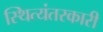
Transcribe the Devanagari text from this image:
स्थित्यंतरकारी